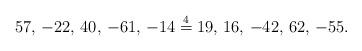
LaTeX: \begin{align*}57,\,-22,\,40,\,-61,\,-14 \stackrel{4}{=} 19,\,16,\,-42,\,62,\,-55. \end{align*}